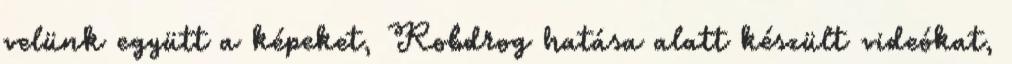
velünk együtt a képeket, Robdrog hatása alatt készült videókat,